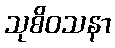
သုစိဝသနာ